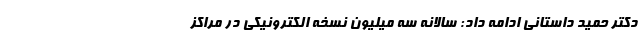
دکتر حمید داستانی ادامه داد: سالانه سه میلیون نسخه الکترونیکی در مراکز